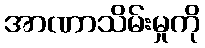
အာဏာသိမ်းမှုကို